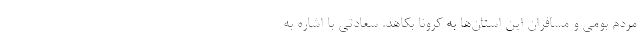
مردم بومی و مسافران این استان‌ها به کرونا بکاهد. سعادتی با اشاره به